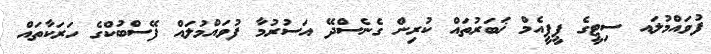
ފުވައްމުލައ ސިޓީގެ ޕީޕީއެމް ޚަބަރުތައް ކުރިން ގެނެސްދޭ އަސުރުމާ ފުވައްމުލައް ފޭސްބުކްގެ ހަރަކާތައް